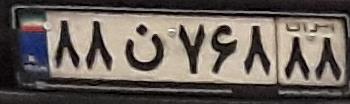
۸۸ن۷۶۸۸۸